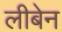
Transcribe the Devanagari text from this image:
लीबेन